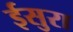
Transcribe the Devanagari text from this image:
ईसुरा